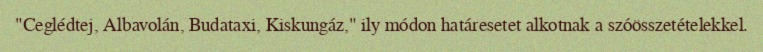
"Ceglédtej, Albavolán, Budataxi, Kiskungáz," ily módon határesetet alkotnak a szóösszetételekkel.